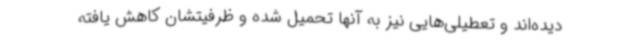
دیده‌اند و تعطیلی‌هایی نیز به آنها تحمیل شده و ظرفیتشان کاهش یافته